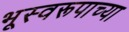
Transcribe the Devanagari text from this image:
भूस्वरूपाच्या